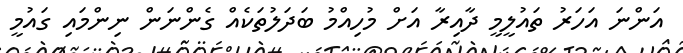
އަންނަ އަހަރު ތައުލީމީ ދާއިރާ އަށް މުހިއްމު ބަދަލުތަކެއް ގެންނަން ނިންމައި ގައުމީ